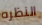
النظره